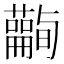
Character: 𧄪